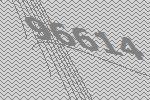
96614